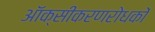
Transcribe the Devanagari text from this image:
ऑक्सीकरणरोधकों